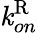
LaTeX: \mathit{k}_{on}^{\mathrm{{R}}}